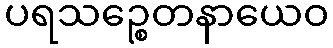
ပရသဉ္စေတနာယေဝ